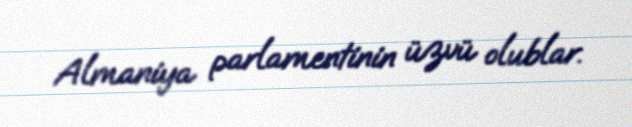
Almaniya parlamentinin üzvü olublar.